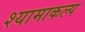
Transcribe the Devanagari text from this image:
श्यामाकल्प